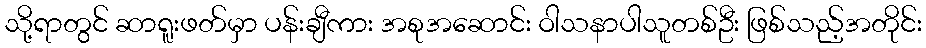
သို့ရာတွင် ဆာရူးဖတ်မှာ ပန်းချီကား အစုအဆောင်း ဝါသနာပါသူတစ်ဦး ဖြစ်သည့်အတိုင်း